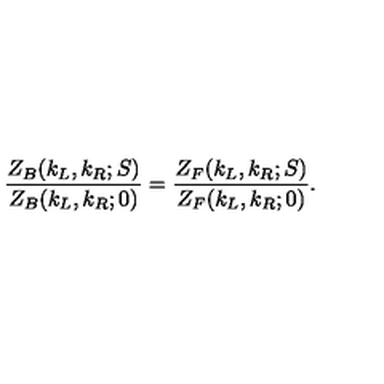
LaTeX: { \frac { Z _ { B } ( k _ { L } , k _ { R } ; S ) } { Z _ { B } ( k _ { L } , k _ { R } ; 0 ) } } = { \frac { Z _ { F } ( k _ { L } , k _ { R } ; S ) } { Z _ { F } ( k _ { L } , k _ { R } ; 0 ) } } .